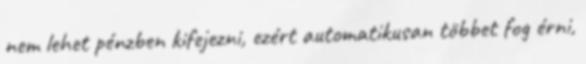
nem lehet pénzben kifejezni, ezért automatikusan többet fog érni,